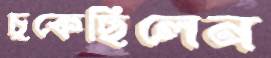
চুকেছিলেন